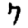
Digit: 7